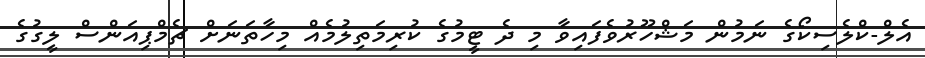
އެލް-ކްލެސިކޯގެ ނަމުން މަޝްހޫރުވެފައިވާ މި ދެ ޓީމުގެ ކުރިމަތިލުމެއް މިހާތަނަށް ޗެމްޕިއަންސް ލީގުގެ